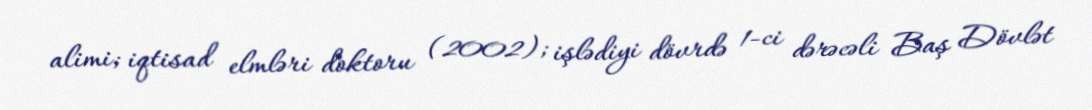
alimi; iqtisad elmləri doktoru (2002); işlədiyi dövrdə 1-ci dərəcəli Baş Dövlət